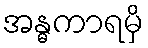
အန္ဓကာရမှိ